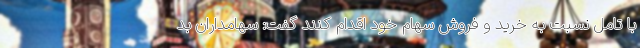
با تامل نسبت به خرید و فروش سهام خود اقدام کنند گفت: سهامداران بد